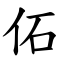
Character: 佦